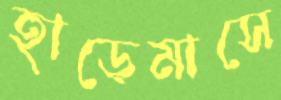
হাড়েমাসে